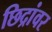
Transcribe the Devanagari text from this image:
छिद्रांवर